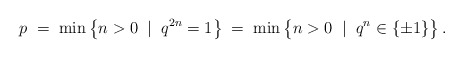
\begin{align*}p\; =\; \min \left\{ n>0\;\mid\; q^{2n}=1 \right\} \; =\; \min \left\{ n>0\;\mid\; q^{n\rule{0mm}{2mm}}\in \{\pm 1\}\right\} .\end{align*}